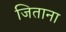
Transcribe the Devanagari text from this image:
जिताना